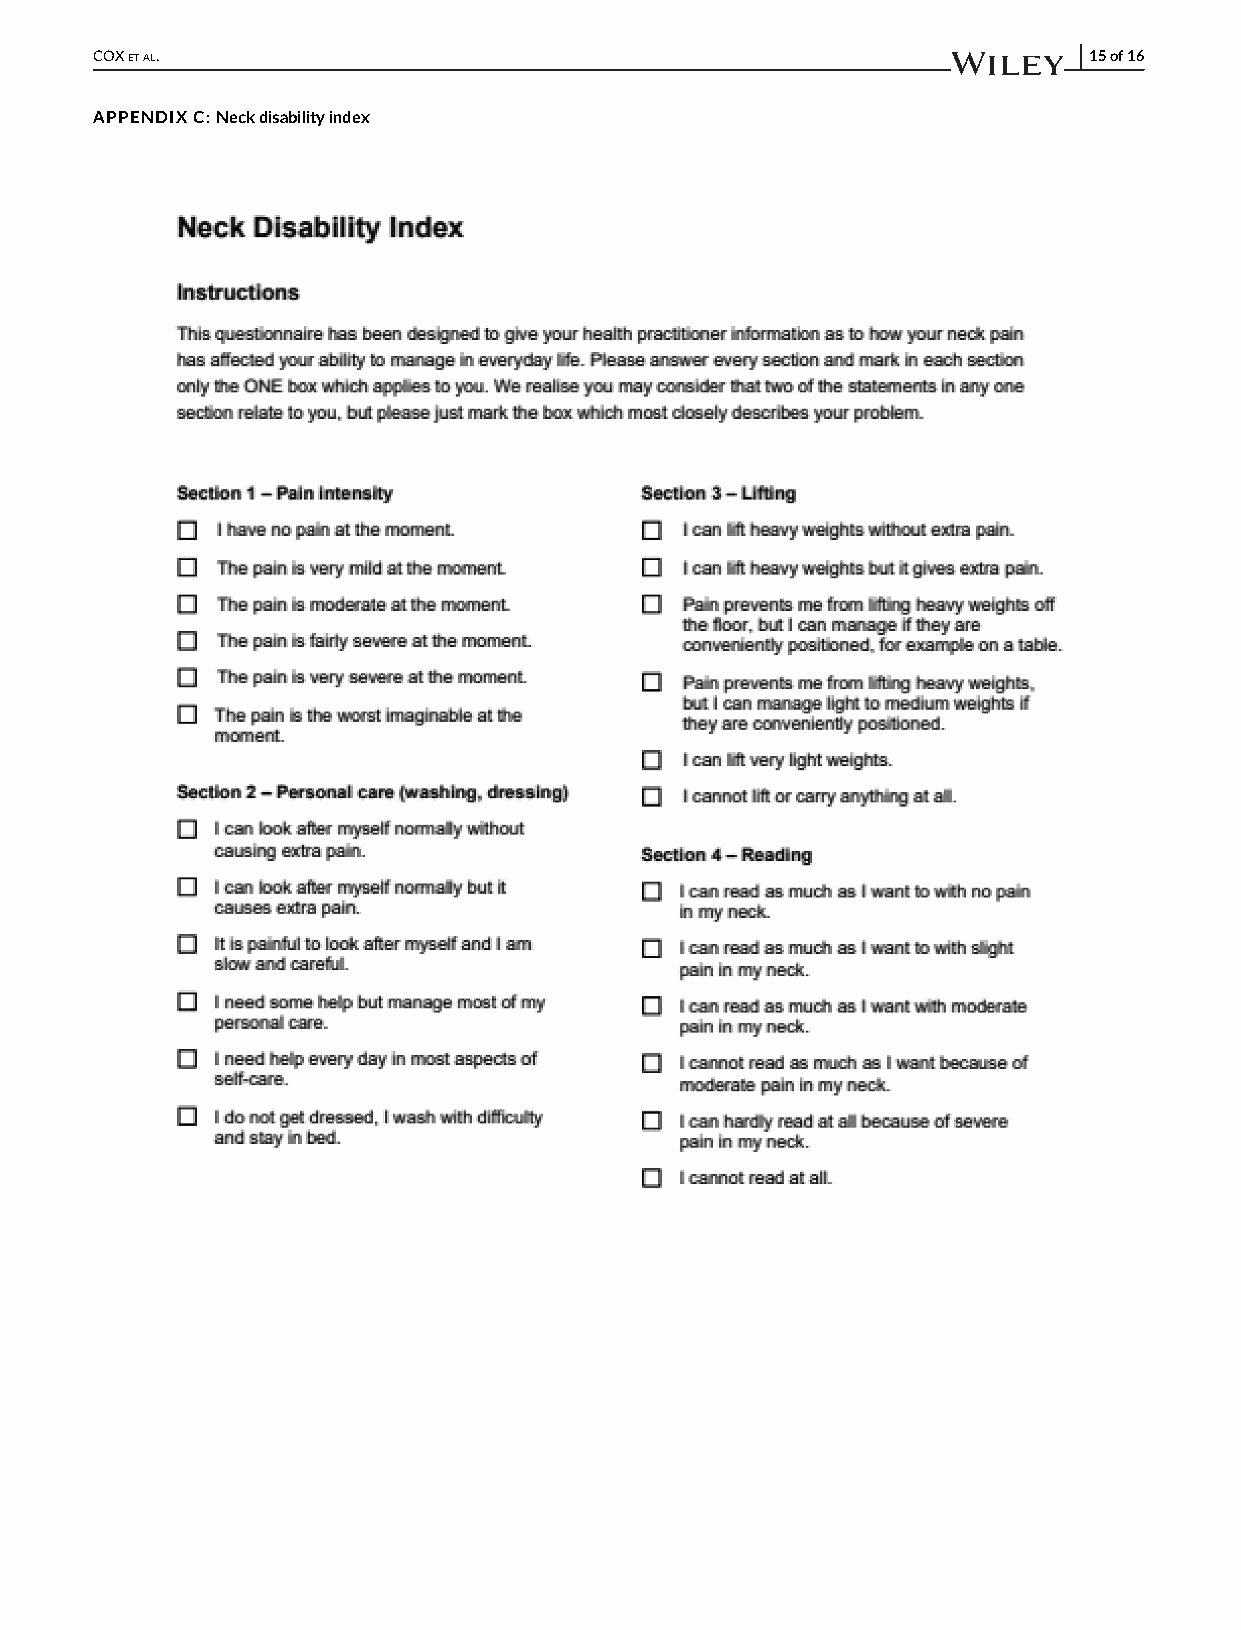
COXETAL.                                                          15of16
 APPENDIXC:Neckdisabilityindex